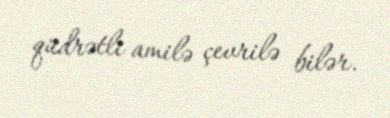
qüdrətli amilə çevrilə bilər.